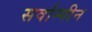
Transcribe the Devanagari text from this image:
सर्वान्गीन